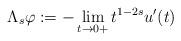
LaTeX: \begin{align*} \Lambda_{s}\varphi:= -\lim_{t\to 0+}t^{1-2s}u'(t)\qquad\end{align*}